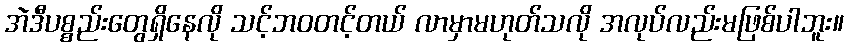
အဲဒီပစ္စည်းတွေရှိနေလို သင့်ဘဝတင့်တယ် လာမှာမဟုတ်သလို အလုပ်လည်းမဖြစ်ပါဘူး။